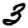
Digit: 3